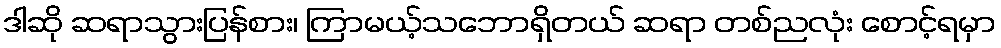
ဒါဆို ဆရာသွားပြန်စား၊ ကြာမယ့်သဘောရှိတယ် ဆရာ တစ်ညလုံး စောင့်ရမှာ